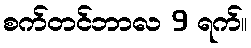
စက်တင်ဘာလ 9 ရက်။